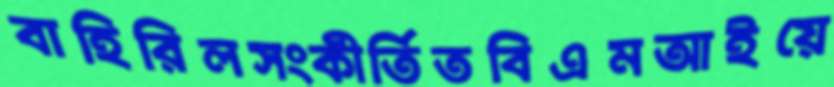
বাহিরিলসংকীর্তিতবিএমআইয়ে